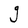
Character: g